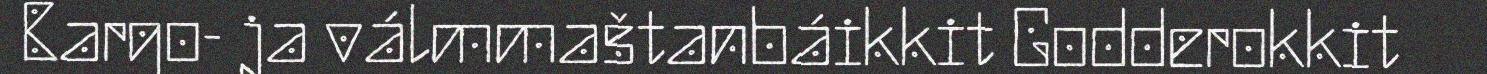
Bargo- ja válmmaštanbáikkit Godderokkit